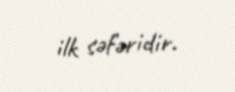
ilk səfəridir.